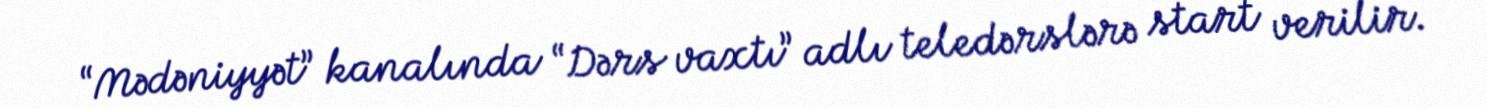
“Mədəniyyət” kanalında “Dərs vaxtı” adlı teledərslərə start verilir.